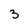
Character: 3